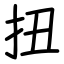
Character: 扭